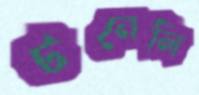
টনেলি